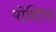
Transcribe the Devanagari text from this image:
पोशिता